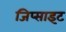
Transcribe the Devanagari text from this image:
जिप्साइट